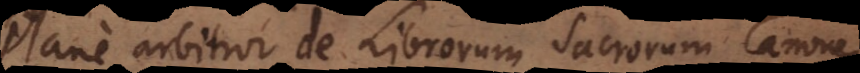
Plane arbitror de Librorum Sacrorum Canone